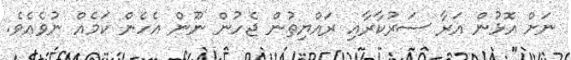
ނަށް އޮޅުން އަރާ ސަރުކާރާއި ރައްޔިތުން ޖެހުން ނޫން އެހެން ކަމެއް ނުވެއެވެ.